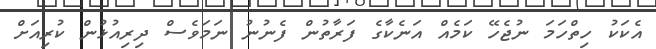
އެކަކު ހިތްހަމަ ނުޖެހޭ ކަމެއް އަނެކާގެ ފަރާތުން ފެނުނު ނަމަވެސް ދިރިއުޅުން ކުރިއަށް